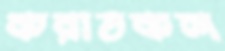
করাতকল